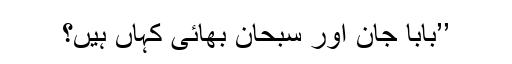
’’بابا جان اور سبحان بھائی کہاں ہیں؟